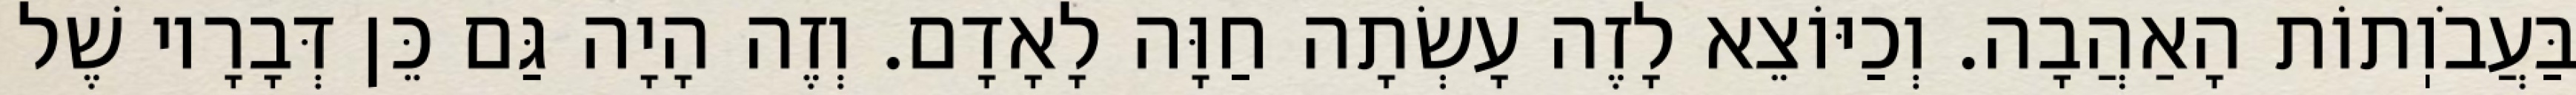
בַּעֲבֹוֽתוֹת הָאַהֲבָה. וְכַיּוֹצֵא לָזֶה עָשְׂתָה חַוָּה לָאָדָם. וְזֶה הָיָה גַּם כֵּן דְּבָרָיו שֶׁל